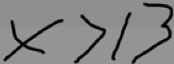
x > 1 3